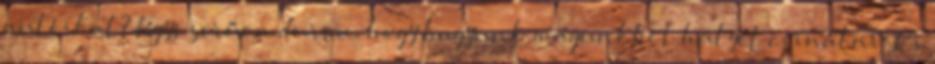
autóikat? Egyszerűen durva, hogy hagyunk magunkból hülyét csinálni. Ki